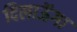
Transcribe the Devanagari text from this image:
दिलाऊॅगा